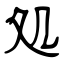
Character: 処